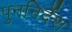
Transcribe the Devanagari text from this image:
पुननिर्देश